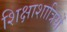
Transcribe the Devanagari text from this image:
शिक्षाशात्रियों